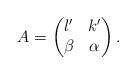
LaTeX: \begin{align*}A = \begin{pmatrix}l' & k'\\\beta & \alpha\end{pmatrix}.\end{align*}